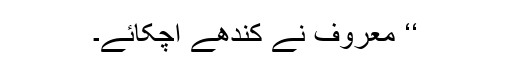
‘‘ معروف نے کندھے اچکائے۔